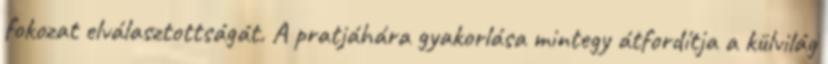
fokozat elválasztottságát. A pratjáhára gyakorlása mintegy átfordítja a külvilág